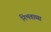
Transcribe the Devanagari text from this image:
निभवाव्या